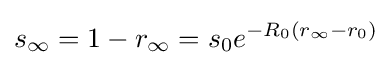
s_{\infty }=1-r_{\infty }=s_{0}e^{-R_{0}(r_{\infty }-r_{0})}